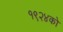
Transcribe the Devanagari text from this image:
१९२४को